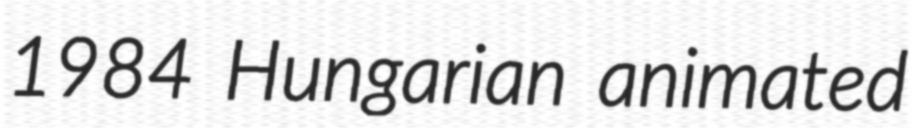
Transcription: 1984 Hungarian animated